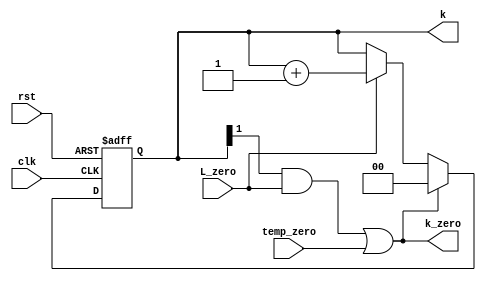
module k_counter_L4(k,k_zero,clk,rst,L_zero,temp_zero);
output reg  [1:0]k;
output wire k_zero;
input clk,rst,L_zero,temp_zero;
always @ (posedge clk or negedge rst)
	begin
		if (!rst )
			begin k<=0;  end
		else if((k[1]&& L_zero)||temp_zero)
					k<=0;
		else if(L_zero)
			begin k<=k+1'b1;  end
	end
assign k_zero=((k[1]&& L_zero)||temp_zero);

endmodule